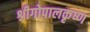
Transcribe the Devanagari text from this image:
श्रीगोपालकृष्ण